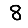
Digit: 8